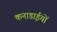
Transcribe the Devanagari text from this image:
कनाडाईयों